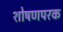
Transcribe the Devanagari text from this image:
शोषणपरक